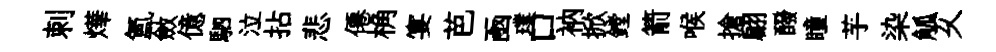
刺燁氳斂億駟泣拈悲僊桷宴芭凾璞口衲掀鏜箭喉搶翩醱瞳芋染觚乆